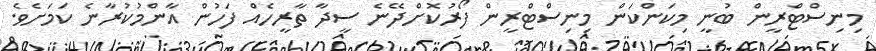
މިނިސްޓްރީން ބުނީ މިކަންކަން މިނިސްޓްރީން ފޯރުކޮށްދޭނެ ސީދާ ތާރީހެއް ފަހުން އާންމުކުރާނެ ކަމަށެވެ.